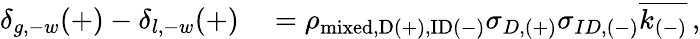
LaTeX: \begin{array}{rl}{\delta_{g,-w}(+)-\delta_{l,-w}(+)}&{{}=\rho_{\mathrm{{mixed},D(+),ID(-)}}\sigma_{D,(+)}\sigma_{ID,(-)}\overline{{k_{(-)}}}\, ,}\end{array}